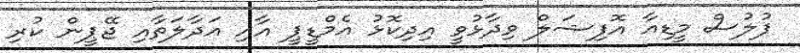
ފުލުސް މީޑިއާ އޮފިޝަލް ވިދާޅުވީ އިދިކޮޅު އެމްޑީޕީ އާއި އަދާލަތާއި ޖޭޕީން ކުރި